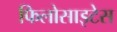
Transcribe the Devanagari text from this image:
फिलोसाइटेस